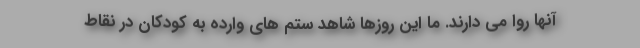
آنها روا می دارند. ما این روزها شاهد ستم های وارده به کودکان در نقاط